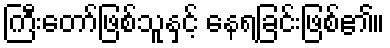
ကြီးတော်ဖြစ်သူနှင့် နေရခြင်းဖြစ်၏။